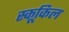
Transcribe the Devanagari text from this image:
स्कूकिल